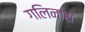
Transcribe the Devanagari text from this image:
गलिनास